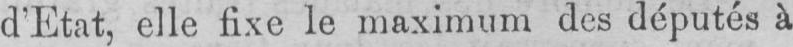
d’Etat, elle fixe le maximum des députés à